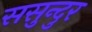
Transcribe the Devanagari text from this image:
ससुन्दुर